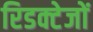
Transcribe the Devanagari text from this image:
रिडक्टेजों